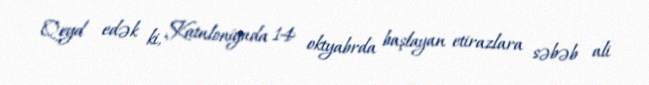
Qeyd edək ki, Kataloniyada 14 oktyabrda başlayan etirazlara səbəb ali